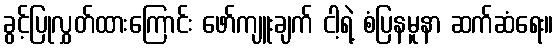
ခွင့်ပြုလွှတ်ထားကြောင်း ဖော်ကျူးချက် ငါ့ရဲ့ စံပြနမူနာ ဆက်ဆံရေး။